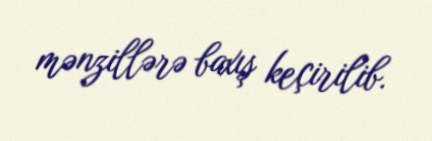
mənzillərə baxış keçirilib.